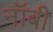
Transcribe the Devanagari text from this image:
नॉबी